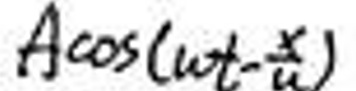
$A\cos(\omega t - \frac{\pi}{\omega})$